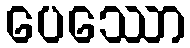
ပေဿော